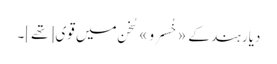
دیارِ ہند کے «خُسرو» سُخن میں قوی [تھے]۔